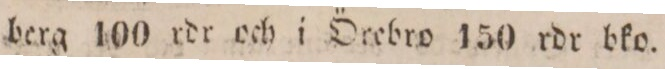
berg 100 rdr och i Örebro 150 rdr bko.